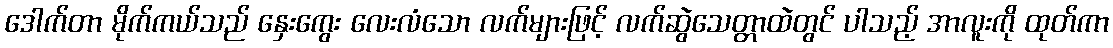
ဒေါက်တာ မိုက်ကယ်သည် နှေးကွေး လေးလံသော လက်များဖြင့် လက်ဆွဲသေတ္တာထဲတွင် ပါသည့် အာလူးကို ထုတ်ကာ